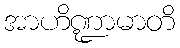
အာဟိဏ္ဍာမာတိ